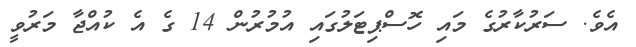
އެވެ. ސަރުކާރުގެ މައި ހޮސްޕިޓަލުގައި އުމުރުން 14 ގެ އެ ކުއްޖާ މަރުވީ